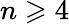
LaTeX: n\geqslant 4